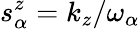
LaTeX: s_{\alpha}^{z}=k_{z}/\omega_{\alpha}